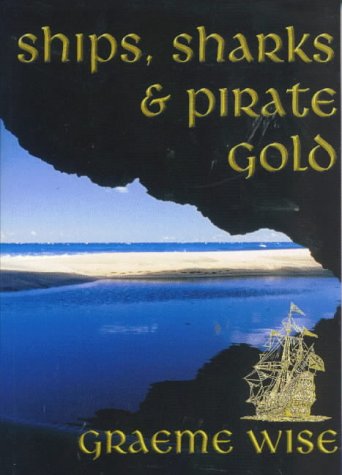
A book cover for Ships, Sharks and Pirate Gold; Graeme Wise; Travel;